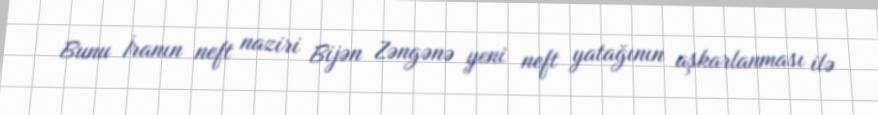
Bunu İranın neft naziri Bijən Zəngənə yeni neft yatağının aşkarlanması ilə